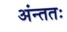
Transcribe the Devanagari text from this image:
अंन्ततः